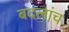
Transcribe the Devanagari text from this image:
बदलांच